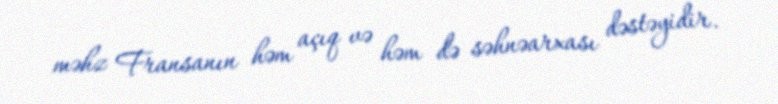
məhz Fransanın həm açıq və həm də səhnəarxası dəstəyidir.